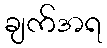
ချက်အရ